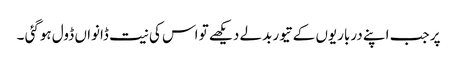
پر جب اپنے درباریوں کے تیور بدلے دیکھے تو اس کی نیت ڈانواں ڈول ہوگئی ۔